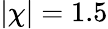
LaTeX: |\chi|=1.5